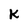
Character: K